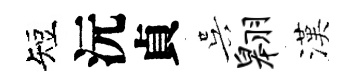
短沅貞吴翱漢